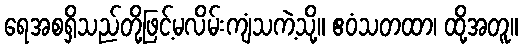
ရေအစရှိသည်တို့ဖြင့်မလိမ်းကျံသကဲ့သို့။ ဧဝံသတထာ၊ ထို့အတူ။